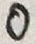
0